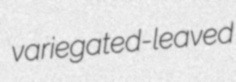
variegated-leaved